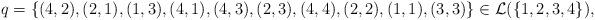
LaTeX: \begin{align*}q=\left\{(4,2),(2,1),(1,3),(4,1),(4,3),(2,3),(4,4),(2,2), (1,1),(3,3)\right\}\in\mathcal{L}(\{1,2,3,4\}),\end{align*}